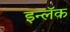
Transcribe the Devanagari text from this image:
इन्लॅक